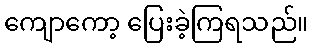
ကျောကော့ ပြေးခဲ့ကြရသည်။